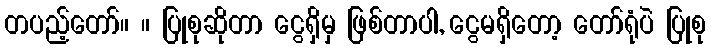
တပည့်တော်။ ။ ပြုစုဆိုတာ ငွေရှိမှ ဖြစ်တာပါ, ငွေမရှိတော့ တော်ရုံပဲ ပြုစု